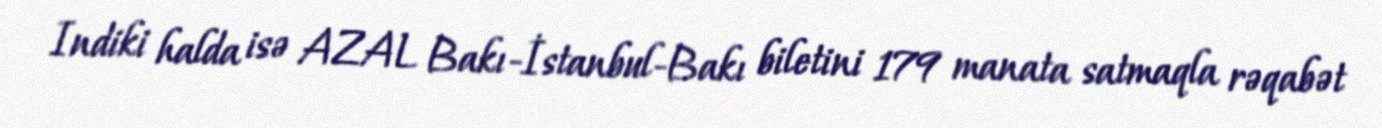
Indiki halda isə AZAL Bakı-İstanbul-Bakı biletini 179 manata satmaqla rəqabət